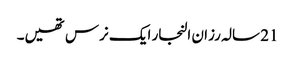
21 سالہ رزان النجار ایک نرس تھیں۔